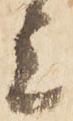
上